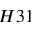
H 3 1